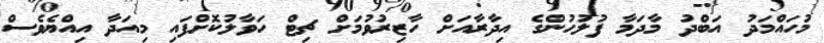
މުހައްމަދު އަބްދު މާދަމާ ފުލުހުންގެ އިދާރާއަށް ހާޒިރުވުމަށް ޗިޓް ހަވާލުކޮށްފައި މިއަދާ އިއްޔެވެސް